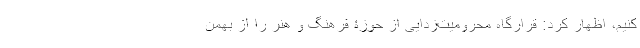
کنیم، اظهار کرد: قرارگاه محرومیت‌زدایی از حوزۀ فرهنگ و هنر را از بهمن